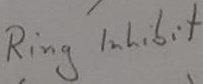
Text: Ring inhibit